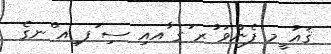
ޤައު ީމ ފެންވަ ުރ ަގ ާއއި ސި ަފ ިއ ްނގެ